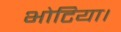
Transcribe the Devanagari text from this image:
भोटिया।